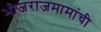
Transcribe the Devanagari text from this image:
भोजराजमामांची